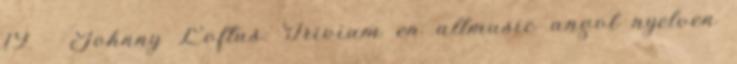
19. ↑ Johnny Loftus: Trivium en allmusic angol nyelven